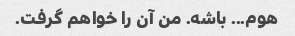
هوم... باشه. من آن را خواهم گرفت.